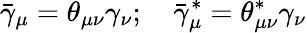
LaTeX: {\bar{\gamma}}_{\mu}=\theta_{\mu\nu}\gamma_{\nu};\quad{\bar{\gamma}}_{\mu}^{*}=\theta_{\mu\nu}^{*}\gamma_{\nu}